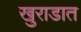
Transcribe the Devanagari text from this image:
खुराडात